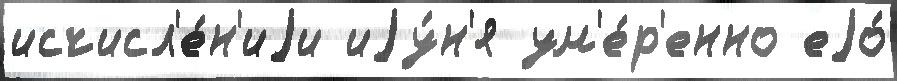
исчисл'е́н'иjи иjу́н'я ум'е́р'енно еjо́